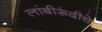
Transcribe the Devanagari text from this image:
लांबीरूंदीचे